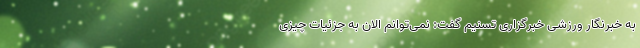
به خبرنگار ورزشی خبرگزاری تسنیم گفت: نمی‌توانم الان به جزئیات چیزی